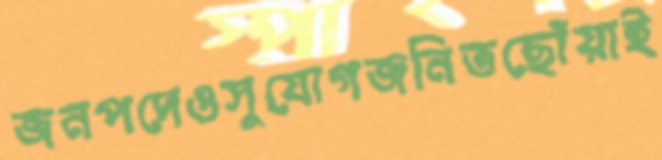
জনপদেওসুযোগজনিতছোঁয়াই